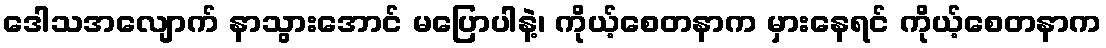
ဒေါသအလျောက် နာသွားအောင် မပြောပါနဲ့၊ ကိုယ့်စေတနာက မှားနေရင် ကိုယ့်စေတနာက